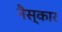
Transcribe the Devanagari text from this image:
नैस्कार